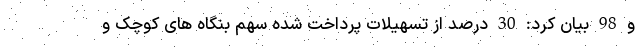
و 98 بیان کرد: 30 درصد از تسهیلات پرداخت شده سهم بنگاه های کوچک و